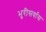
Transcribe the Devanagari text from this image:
भुरीसर्वास